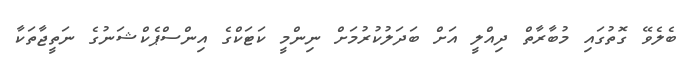
ބެލެވޭ ގޮތުގައި މުބާރާތް ދިއްލީ އަށް ބަދަލުކުރުމަށް ނިންމީ ކަޓަކްގެ އިންސްޕެކްޝަނުގެ ނަތީޖާތަކާ